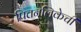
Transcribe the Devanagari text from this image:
पित्तनलिकेची